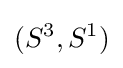
(S^{3},S^{1})